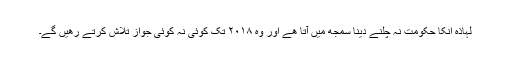
لہاذہ انکا حکومت نہ چلنے دینا سمجھ میں آتا ھے اور وہ ۲۰۱۸ تک کوئی نہ کوئی جواز تلاش کرتے رھیں گے۔